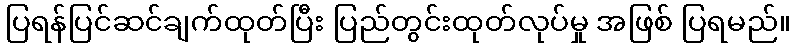
ပြရန်ပြင်ဆင်ချက်ထုတ်ပြီး ပြည်တွင်းထုတ်လုပ်မှု အဖြစ် ပြရမည်။